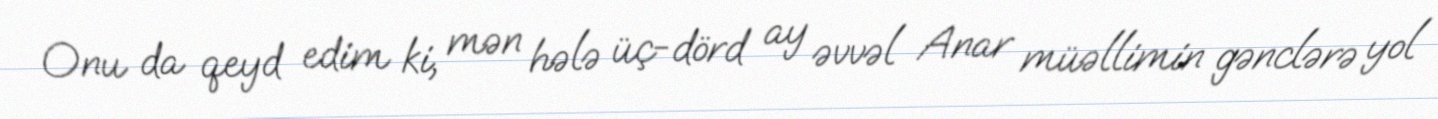
Onu da qeyd edim ki, mən hələ üç-dörd ay əvvəl Anar müəllimin gənclərə yol